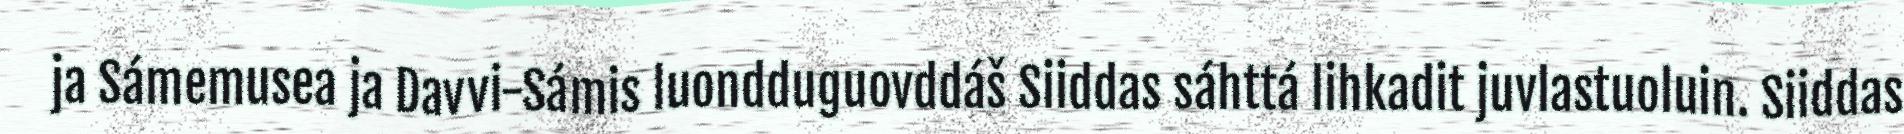
ja Sámemusea ja Davvi-Sámis luondduguovddáš Siiddas sáhttá lihkadit juvlastuoluin. Siiddas